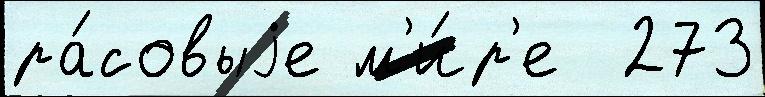
ра́совыjе м'и́р'е  273